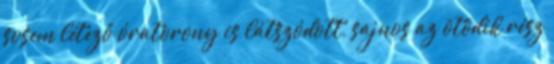
sosem létező óratorony is látszódott, sajnos az ötödik rész